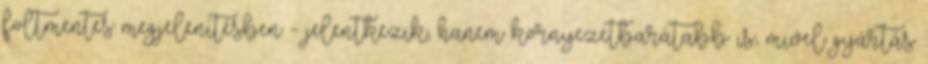
foltmentes megjelenítésben - jelentkezik, hanem környezetbarátabb is, mivel gyártás